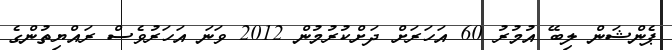
ޕެންޝަން ލިބޭ އުމުރު 60 އަހަރަށް ދަށްކުރުމުން 2012 ވަނަ އަހަރުވެސް ރައްޔިތުންގެ